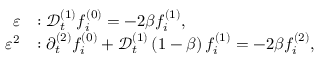
\begin{array} { r l } { \varepsilon } & { : \mathcal { D } _ { t } ^ { ( 1 ) } f _ { i } ^ { ( 0 ) } = - 2 \beta f _ { i } ^ { ( 1 ) } , } \\ { \varepsilon ^ { 2 } } & { : \partial _ { t } ^ { ( 2 ) } f _ { i } ^ { ( 0 ) } + \mathcal { D } _ { t } ^ { ( 1 ) } \left( 1 - \beta \right) f _ { i } ^ { ( 1 ) } = - 2 \beta f _ { i } ^ { ( 2 ) } , } \end{array}